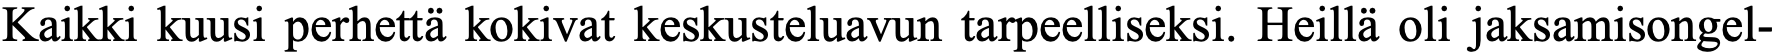
Kaikki kuusi perhettä kokivat keskusteluavun tarpeelliseksi. Heillä oli jaksamisongel-